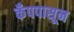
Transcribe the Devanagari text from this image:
कँपपासून